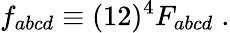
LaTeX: f_{abcd}\equiv(12)^{4}F_{abcd}\; .